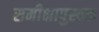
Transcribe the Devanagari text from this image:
समीक्षापुस्तक